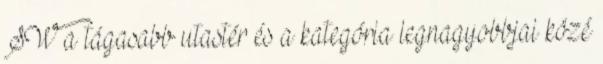
SW a tágasabb utastér és a kategória legnagyobbjai közé